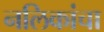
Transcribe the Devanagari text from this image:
नलिकांचा